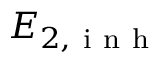
E _ { 2 , \mathrm { ~ i ~ n ~ h ~ } }